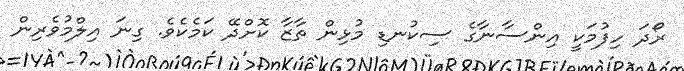
ރޯދަ ހިފުމަކީ އިންސާނާގެ ސިކުނޑި މުޅިން ތާޒާ ކޮށްދޭ ކަމެކެވެ. ގިނަ އިލްމުވެރިން